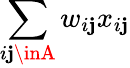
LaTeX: \sum_{i\mathbf{j}\inA}w_{i\mathbf{j}}x_{i\mathbf{j}}